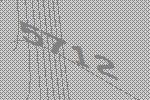
5712